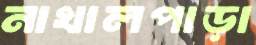
নাখালপাড়া